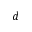
d